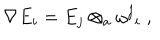
LaTeX: \nabla E _ { i } = E _ { j } \otimes _ { a } { \omega ^ { j } } _ { i } \; ,